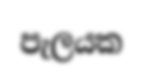
පැලයක